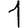
Digit: 1